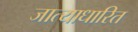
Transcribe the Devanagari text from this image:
जात्याधारित